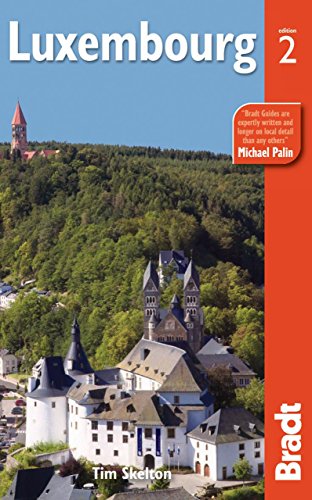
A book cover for Luxembourg, 2nd (Bradt Travel Guide); Tim Skelton; Travel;